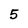
Character: 5